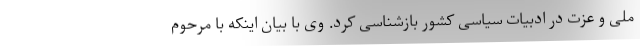
ملی و عزت در ادبیات سیاسی کشور بازشناسی کرد. وی با بیان اینکه با مرحوم